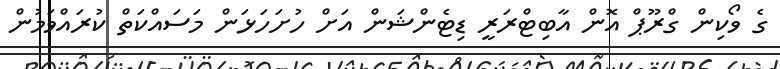
ގެ ވޯކިން ގްރޫޕް އޮން އާބިޓްރަރީ ޑިޓެންޝަން އަށް ހުށަހަޅަން މަސައްކަތް ކުރައްވަމުން